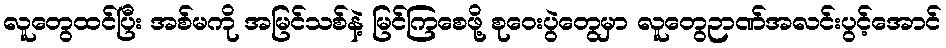
လူတွေထင်ပြီး အစ်မကို အမြင်သစ်နဲ့ မြင်ကြစေဖို့ စုဝေးပွဲတွေမှာ လူတွေဉာဏ်အလင်းပွင့်အောင်